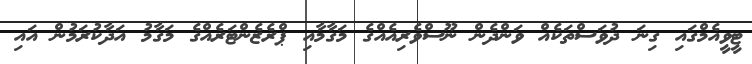
ޓީވީއެމްގައި ގިނަ ދުވަސްތަކެއް ވަންދެން ނޫސްވެރިއެއްގެ މަގާމާއި ޕްރެޒެންޓަރެއްގެ މަގާމު އަދާކުރަމުން އައި